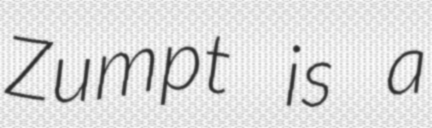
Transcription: Zumpt is a